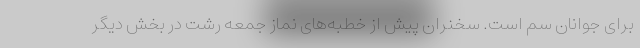
برای جوانان سم است. سخنران پیش از خطبه‌های نماز جمعه رشت در بخش دیگر